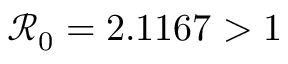
\mathcal { R } _ { 0 } = 2 . 1 1 6 7 > 1